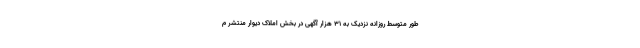
طور متوسط روزانه نزدیک به ۳۱ هزار آگهی در بخش املاک دیوار منتشر م